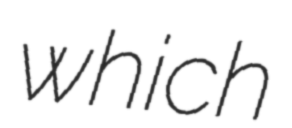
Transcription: which